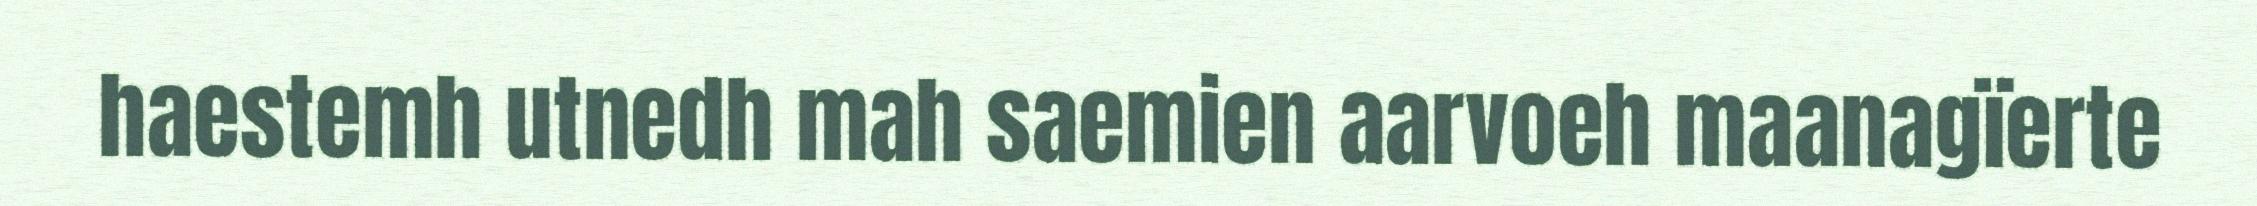
haestemh utnedh mah saemien aarvoeh maanagïerte